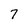
Character: 7